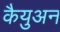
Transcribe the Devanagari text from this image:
कैयुअन